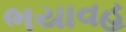
ભયાવહ